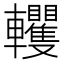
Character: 𨏹